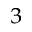
^ 3